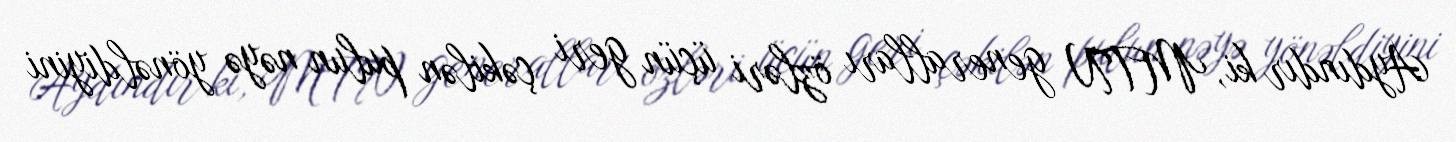
Aydındır ki, MTN generalları özləri üçün geri çəkilən pulun nəyə yönəldiyini